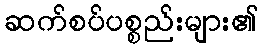
ဆက်စပ်ပစ္စည်းများ၏